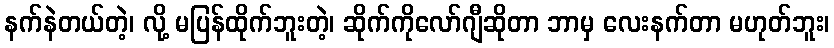
နက်နဲတယ်တဲ့၊ လို့ မပြန်ထိုက်ဘူးတဲ့၊ ဆိုက်ကိုလော်ဂျီဆိုတာ ဘာမှ လေးနက်တာ မဟုတ်ဘူး၊